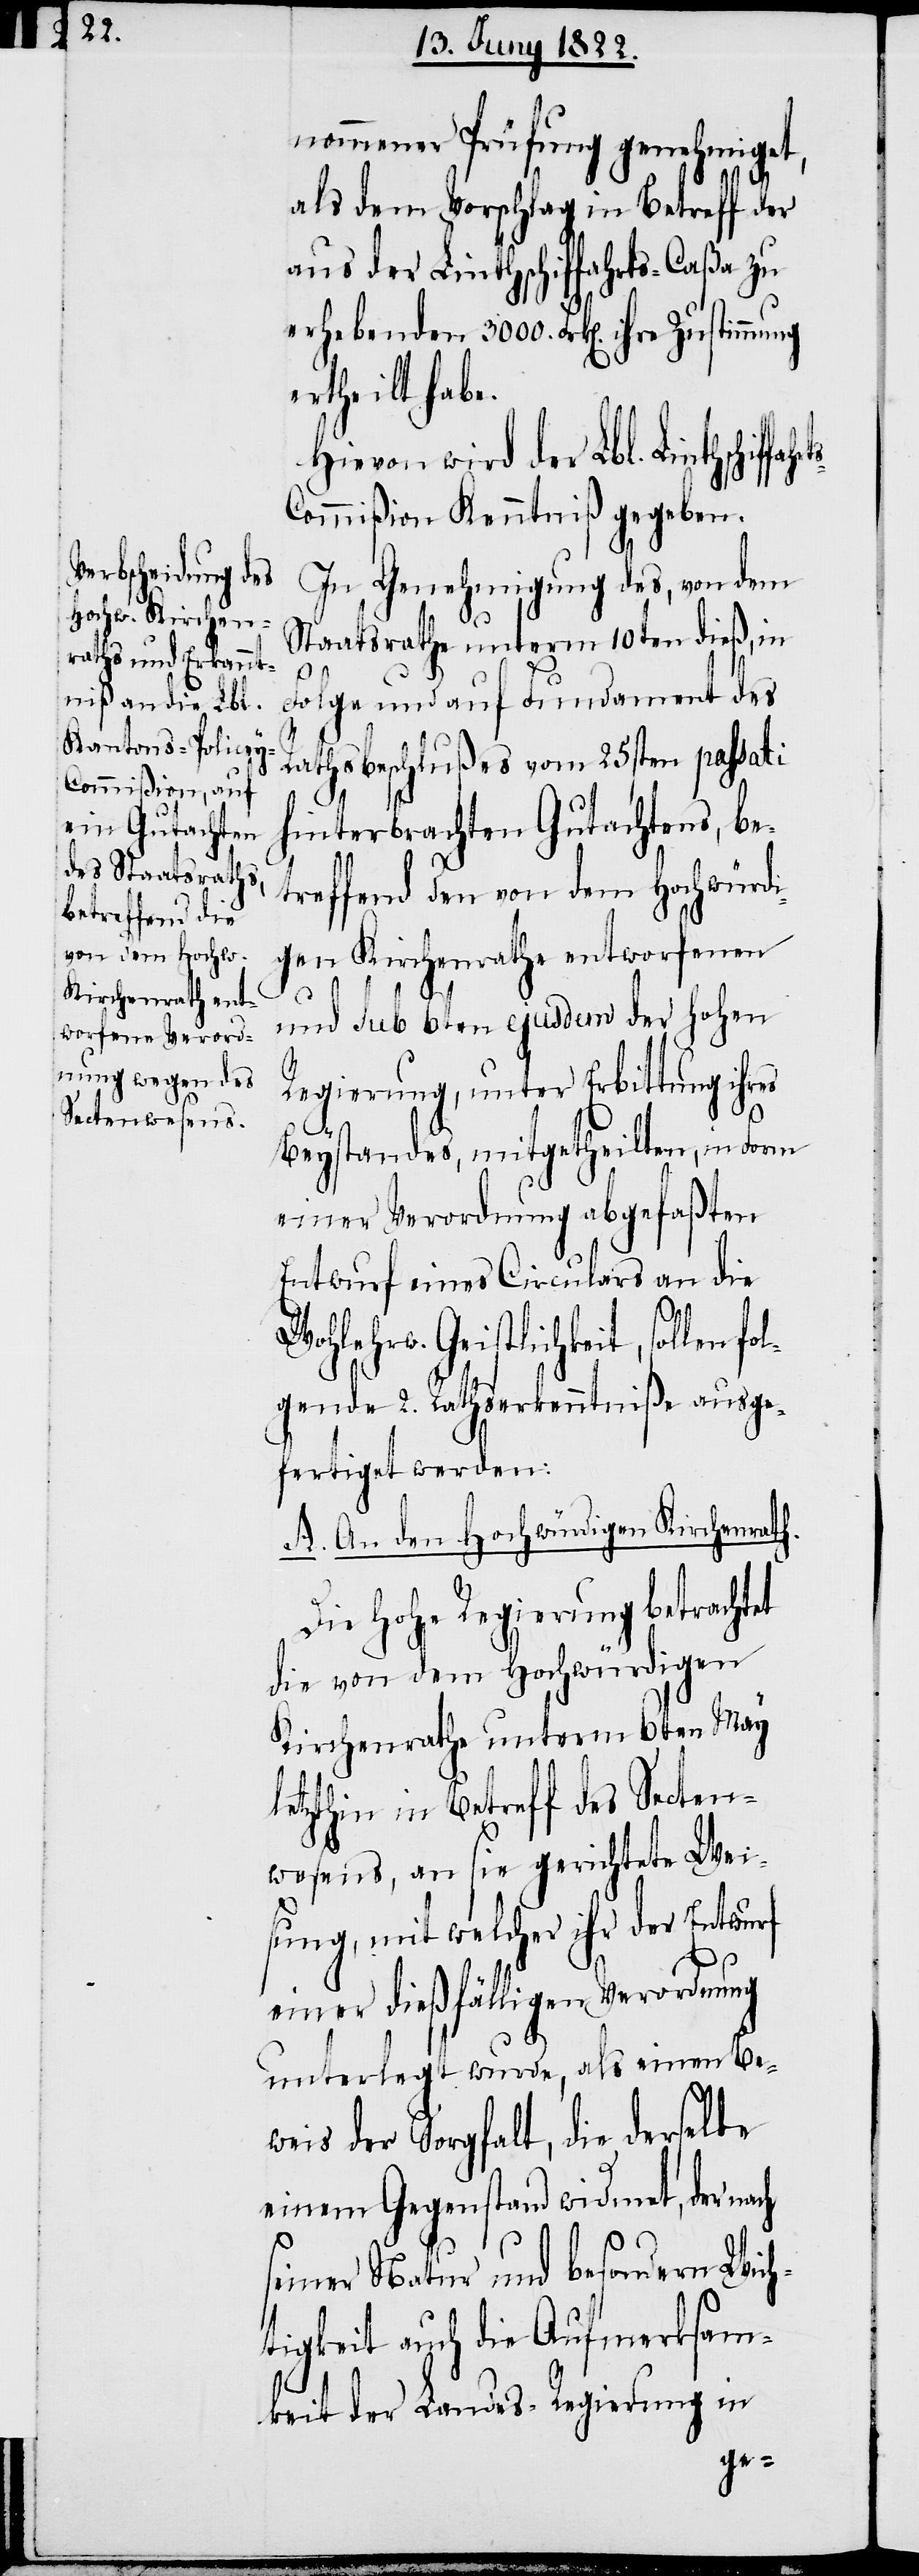
nommener Prüfung genehmiget,
als dem Vorschlag in Betreff der
aus der Linthschiffahrts-Caßa zu
ertheilt habe.
Hievon wird der Lbl. Linthschif¬
ommißion Kenntniß gegeben.
In Genehmigung des, von dem
Staatsrathe unterm 10ten dieß, in
Folge und auf Fundament des
Rathsbeschlußes vom 25sten passati
hinterbrachten Gutachtens, b¬
etreffend den
von dem Hochwürd¬
igen Kirchenrathe entworfenen
und Sub 6ten ejusdem der Hohen
Regierung, unter Erbittung ihres
Beystandes, mitgetheilten, in Form
einer Verordnung abgefaßten
Entwurf eines Circulars an die
ts-C¬
Wohlehrw. Geistlichkeit, sollen fo¬
lgende 2. Rathserkenntniße ausge¬
fertiget werden:
A. An den Hochwürdigen Kirchenrath.
Die Hohe Regierung betrachtet
die von dem Hochwürdigen
Kirchenrathe unterm 6ten May
letzthin in Betreff des Secten¬
wesens, an sie gerichtete Wei¬
sung, mit welcher ihr der Entwurf
einer dießfälligen Verordnung
unterlegt wurde, als einen Be¬
weis der Sorgfalt, die derselbe
einem Gegenstand widmet, der nach
seiner Natur und besondern Wich¬
tigkeit auch die Aufmerksam¬
keit der Landes-Regierung in